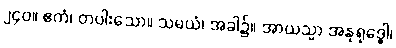
၂၄၀။ ဧကံ၊ တပါးသော။ သမယံ၊ အခါ၌။ အာယသ္မာ အနုရုဒ္ဓေါ၊